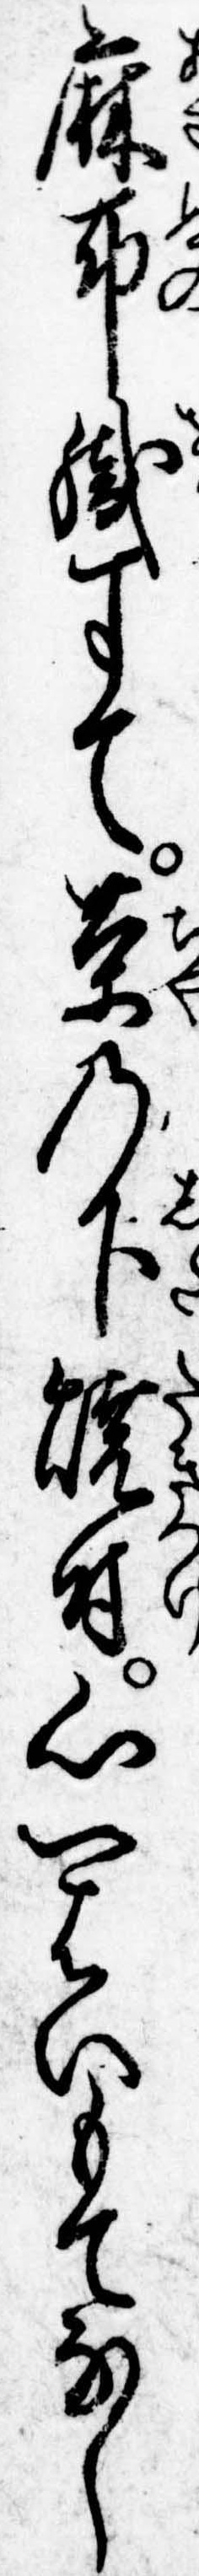
麻布織すて茶の下焼付心一はいもてなし